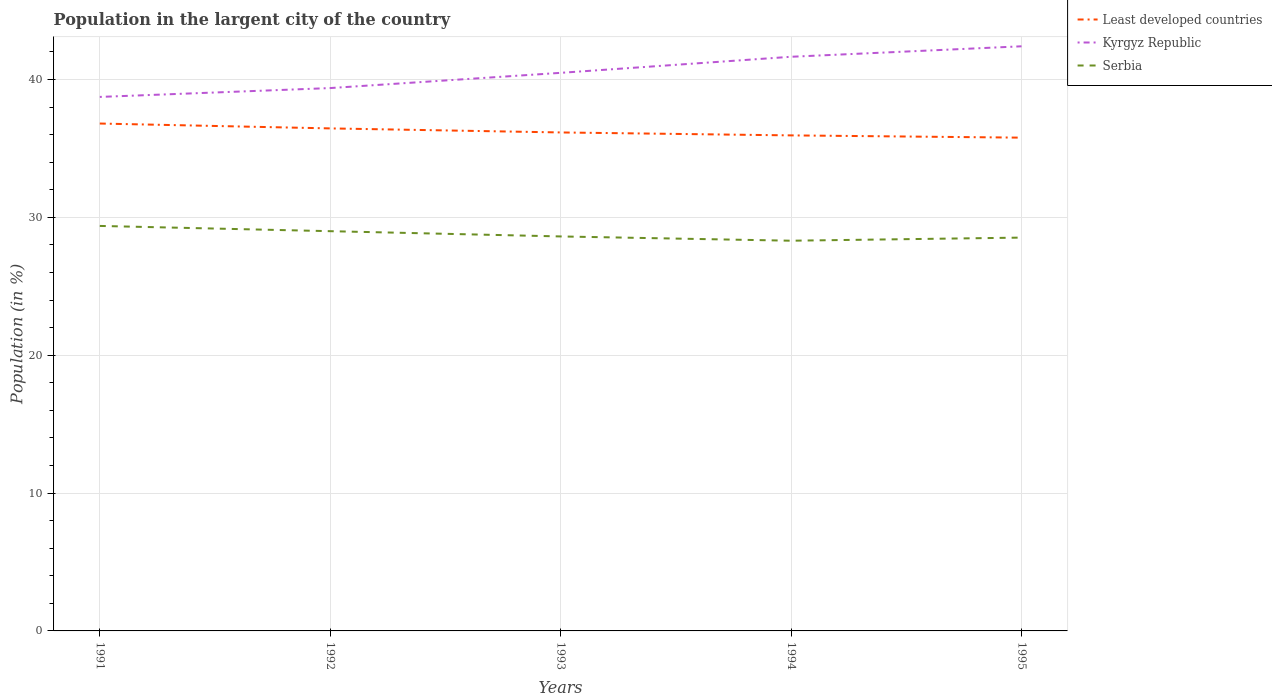
| Years | Least developed countries | Kyrgyz Republic | Serbia |
 | --- | --- | --- | --- |
 | 1991 | 36.8 | 38.7 | 29.4 |
 | 1992 | 36.5 | 39.4 | 29 |
 | 1993 | 36.2 | 40.5 | 28.6 |
 | 1994 | 35.9 | 41.6 | 28.3 |
 | 1995 | 35.8 | 42.4 | 28.5 |